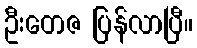
ဦးတေဇ ပြန်လာပြီ။